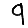
Digit: 9